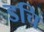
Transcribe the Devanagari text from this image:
डचि